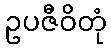
ဥပဇီဝိတုံ